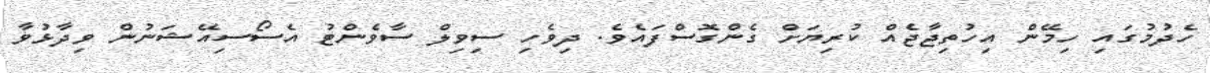
ހެދުމުގައި ހިމޭން އިހުތިޖާޖެއް ކުރިޔަށް ގެންގޮސްފައެވެ. ދިވެހި ސިވިލް ސާވެންޓު އެސޯސިއޭޝަނުން ވިދާޅުވާ